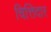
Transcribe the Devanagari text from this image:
चित्तिदार